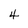
Character: 4